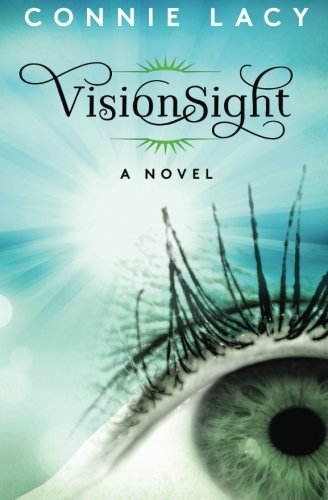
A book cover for VisionSight: a Novel; Connie Lacy; Science Fiction & Fantasy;